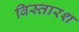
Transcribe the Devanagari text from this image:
विस्तारश